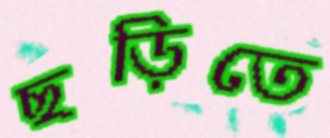
ছড়িতে